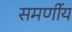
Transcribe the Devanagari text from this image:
समर्णीय